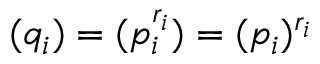
( q _ { i } ) = ( p _ { i } ^ { r _ { i } } ) = ( p _ { i } ) ^ { r _ { i } }